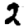
Digit: 2